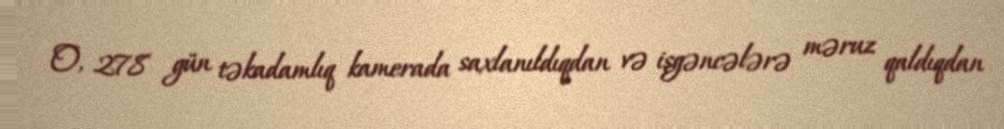
O, 278 gün təkadamlıq kamerada saxlanıldıqdan və işgəncələrə məruz qaldıqdan